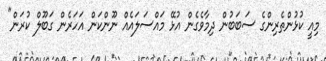
މިއީ ކުޅުންތެރިންގެ ސަބަބުން ދިމާވެގެން އުޅޭ މައްސަލައެއް ނޫންކަން އަހަރެން ގަބޫލް ކުރަން"